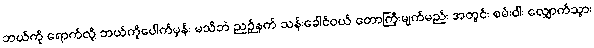
ဘယ်ကို ရောက်လို့ ဘယ်ကိုပေါက်မှန်း မသိဘဲ ညဉ့်နက် သန်းခေါင်ဝယ် တောကြီးမျက်မည်း အတွင်း စမ်းဝါး လျှောက်သွား